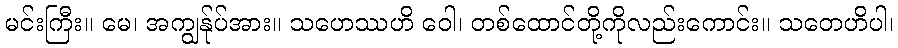
မင်းကြီး။ မေ၊ အကျွန်ုပ်အား။ သဟေဿဟိ ဝေါ၊ တစ်ထောင်တို့ကိုလည်းကောင်း။ သတေဟိပါ၊